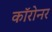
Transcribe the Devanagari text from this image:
कॉरोनर